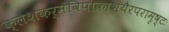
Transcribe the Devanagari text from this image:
क्लेशकर्मविपाकाशयैरपरामृष्टः